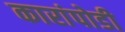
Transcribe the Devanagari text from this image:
कारांपोडी